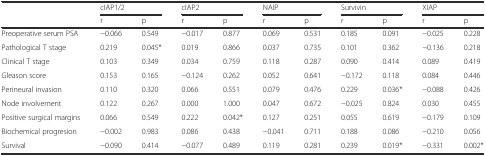
<table><thead><tr><td></td><td colspan="2"><b>cIAP1/2</b></td><td colspan="2"><b>cIAP2</b></td><td colspan="2"><b>NAIP</b></td><td colspan="2"><b>Survivin</b></td><td colspan="2"><b>XIAP</b></td></tr><tr><td></td><td><b>r</b></td><td><b>p</b></td><td><b>r</b></td><td><b>p</b></td><td><b>r</b></td><td><b>p</b></td><td><b>r</b></td><td><b>p</b></td><td><b>r</b></td><td><b>p</b></td></tr></thead><tbody><tr><td>Preoperative serum PSA</td><td>−0.066</td><td>0.549</td><td>−0.017</td><td>0.877</td><td>0.069</td><td>0.531</td><td>0.185</td><td>0.091</td><td>−0.025</td><td>0.228</td></tr><tr><td>Pathological T stage</td><td>0.219</td><td>0.045*</td><td>0.019</td><td>0.866</td><td>0.037</td><td>0.735</td><td>0.101</td><td>0.362</td><td>−0.136</td><td>0.218</td></tr><tr><td>Clinical T stage</td><td>0.103</td><td>0.349</td><td>0.034</td><td>0.759</td><td>0.118</td><td>0.287</td><td>0.090</td><td>0.414</td><td>0.089</td><td>0.419</td></tr><tr><td>Gleason score</td><td>0.153</td><td>0.165</td><td>−0.124</td><td>0.262</td><td>0.052</td><td>0.641</td><td>−0.172</td><td>0.118</td><td>0.084</td><td>0.446</td></tr><tr><td>Perineural invasion</td><td>0.110</td><td>0.320</td><td>0.066</td><td>0.551</td><td>0.079</td><td>0.476</td><td>0.229</td><td>0.036*</td><td>−0.088</td><td>0.426</td></tr><tr><td>Node involvement</td><td>0.122</td><td>0.267</td><td>0.000</td><td>1.000</td><td>0.047</td><td>0.672</td><td>−0.025</td><td>0.824</td><td>0.030</td><td>0.455</td></tr><tr><td>Positive surgical margins</td><td>0.066</td><td>0.549</td><td>0.222</td><td>0.042*</td><td>0.127</td><td>0.251</td><td>0.055</td><td>0.619</td><td>−0.179</td><td>0.109</td></tr><tr><td>Biochemical progresion</td><td>−0.002</td><td>0.983</td><td>0.086</td><td>0.438</td><td>−0.041</td><td>0.711</td><td>0.188</td><td>0.086</td><td>−0.210</td><td>0.056</td></tr><tr><td>Survival</td><td>−0.090</td><td>0.414</td><td>−0.077</td><td>0.489</td><td>0.119</td><td>0.281</td><td>0.239</td><td>0.019*</td><td>−0.331</td><td>0.002*</td></tr></tbody></table>